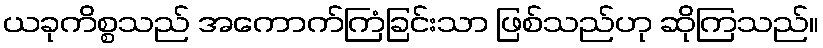
ယခုကိစ္စသည် အကောက်ကြံခြင်းသာ ဖြစ်သည်ဟု ဆိုကြသည်။